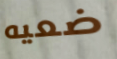
ضعيه